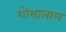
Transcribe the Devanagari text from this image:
शोभालाल